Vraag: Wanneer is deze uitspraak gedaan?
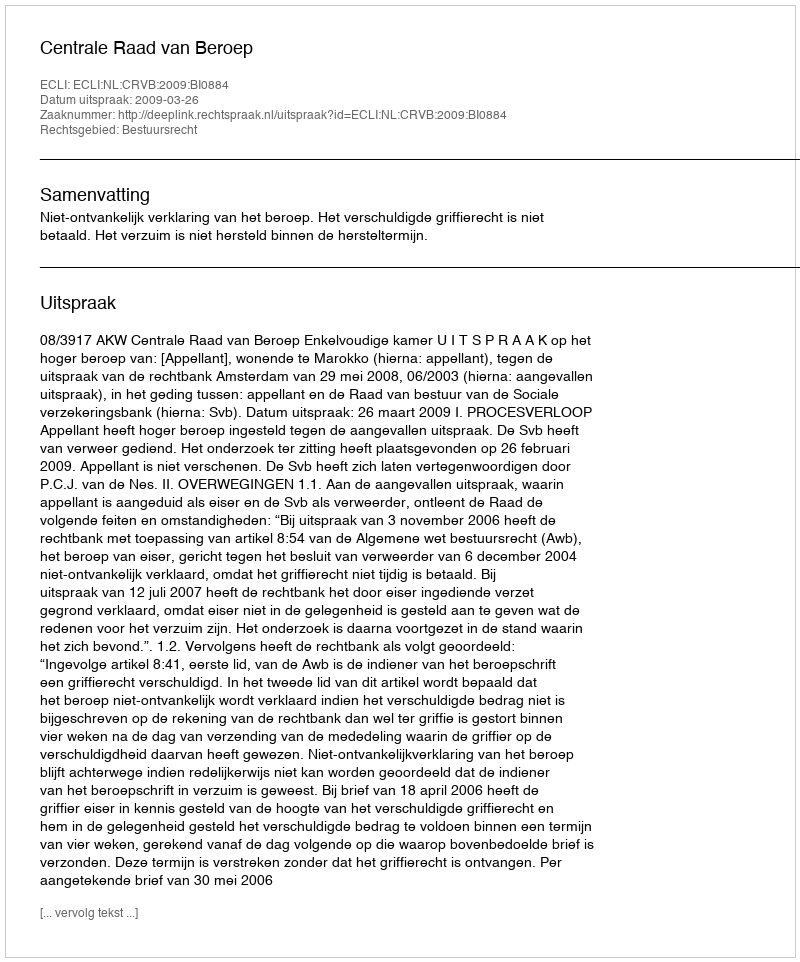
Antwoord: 2009-03-26